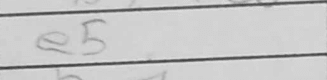
Transcription: e5